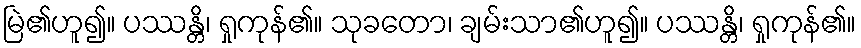
မြဲ၏ဟူ၍။ ပဿန္တိ၊ ရှုကုန်၏။ သုခတော၊ ချမ်းသာ၏ဟူ၍။ ပဿန္တိ၊ ရှုကုန်၏။